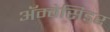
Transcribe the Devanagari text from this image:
अॅम्बेसिडर